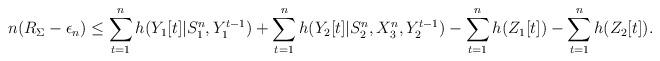
LaTeX: \begin{align*} n(R_\Sigma-\epsilon_n)&\leq \sum_{t=1}^nh(Y_{1}[t]|S_1^{n},Y_1^{t-1})+\sum_{t=1}^nh(Y_{2}[t]|S_2^{n},X_{3}^{n},Y_2^{t-1})-\sum_{t=1}^nh(Z_{1}[t])-\sum_{t=1}^nh(Z_{2}[t]).\end{align*}